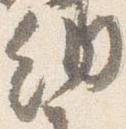
納